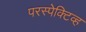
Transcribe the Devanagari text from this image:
परस्पेक्टिव्ह